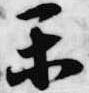
楽